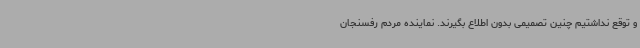
و توقع نداشتیم چنین تصمیمی بدون اطلاع بگیرند. نماینده مردم رفسنجان